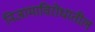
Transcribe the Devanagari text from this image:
निजामाविरोधातील